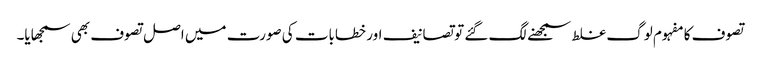
تصوف کا مفہوم لوگ غلط سمجھنے لگ گئے تو تصانیف اور خطابات کی صورت میں اصل تصوف بھی سمجھایا۔